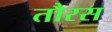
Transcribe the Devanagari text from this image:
तौरस